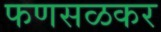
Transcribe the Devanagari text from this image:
फणसळकर